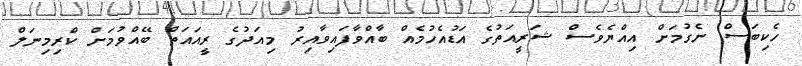
ހެކިބަސް ނެގުމަށް އިއްޔެވެސް ޝަރީއަތުގެ އަޑުއެހުމެއް ބާއްވާފައިވާއިރު މިއަދުގެ ރީއައަތް ބޭއްވުމަށް ކްރިމިނަލް